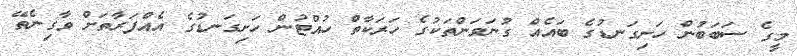
މީގެ ސަބަބުން ހަށިގަނޑުގެ ބައެއް ގުނަވަންތަކުގެ ހަރަކާތް ހުއްޓުން ހަށިގަނޑުގެ އެއްފަރާތަށް ވާގިނެތޭ